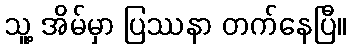
သူ့ အိမ်မှာ ပြဿနာ တက်နေပြီ။